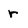
Character: r